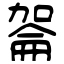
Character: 嗧